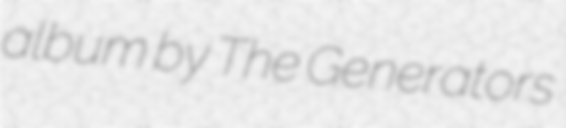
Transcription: album by The Generators